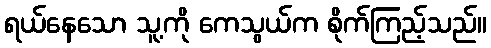
ရယ်နေသော သူ့ကို ကေသွယ်က စိုက်ကြည့်သည်။